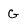
Character: G